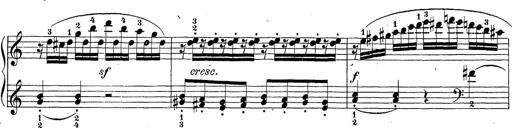
Title: Sonatina Album
Composer: Louis KÃ¶hler